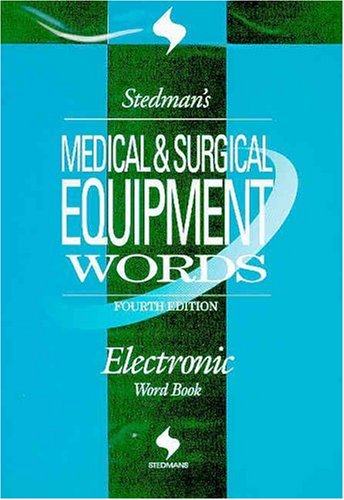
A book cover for Stedman's Medical & Surgical Equipment Words, Fourth Edition, on CD-ROM; Stedman's; Medical Books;